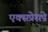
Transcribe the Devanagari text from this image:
एक्सप्रेसपे